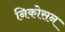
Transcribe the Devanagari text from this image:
निकोसन